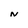
Character: N